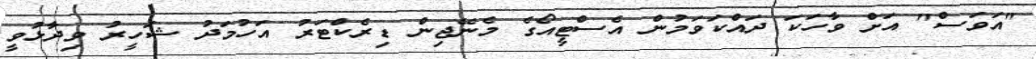
"އަވަސް" އަށް ވާހަކަ ދައްކަވަމުން އެސްޓީއޯގެ މެނޭޖިން ޑިރެކްޓަރު އަހުމަދު ޝަހީރު ވިދާޅުވީ